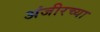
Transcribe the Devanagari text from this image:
अंजीरच्या